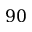
{ \displaystyle 9 0 }